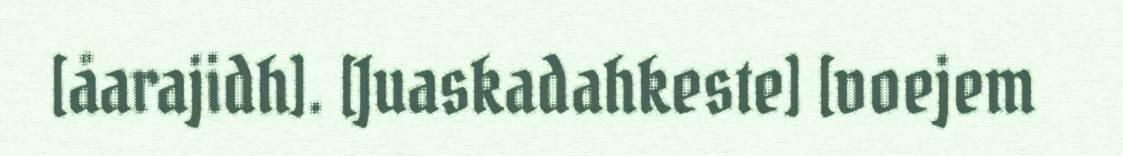
[åarajidh]. [Juaskadahkeste] [voejem